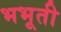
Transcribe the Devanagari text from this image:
भभूती